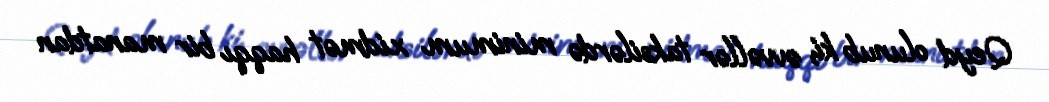
Qeyd olunub ki, əvvəllər taksilərdə minimum xidmət haqqı bir manatdan